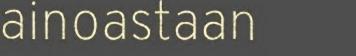
ainoastaan